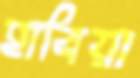
হাবিয়া